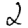
Digit: 2